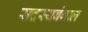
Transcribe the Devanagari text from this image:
सदस्यबंगाल